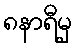
၈နာရီမှ